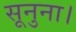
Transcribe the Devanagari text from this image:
सूनुना।